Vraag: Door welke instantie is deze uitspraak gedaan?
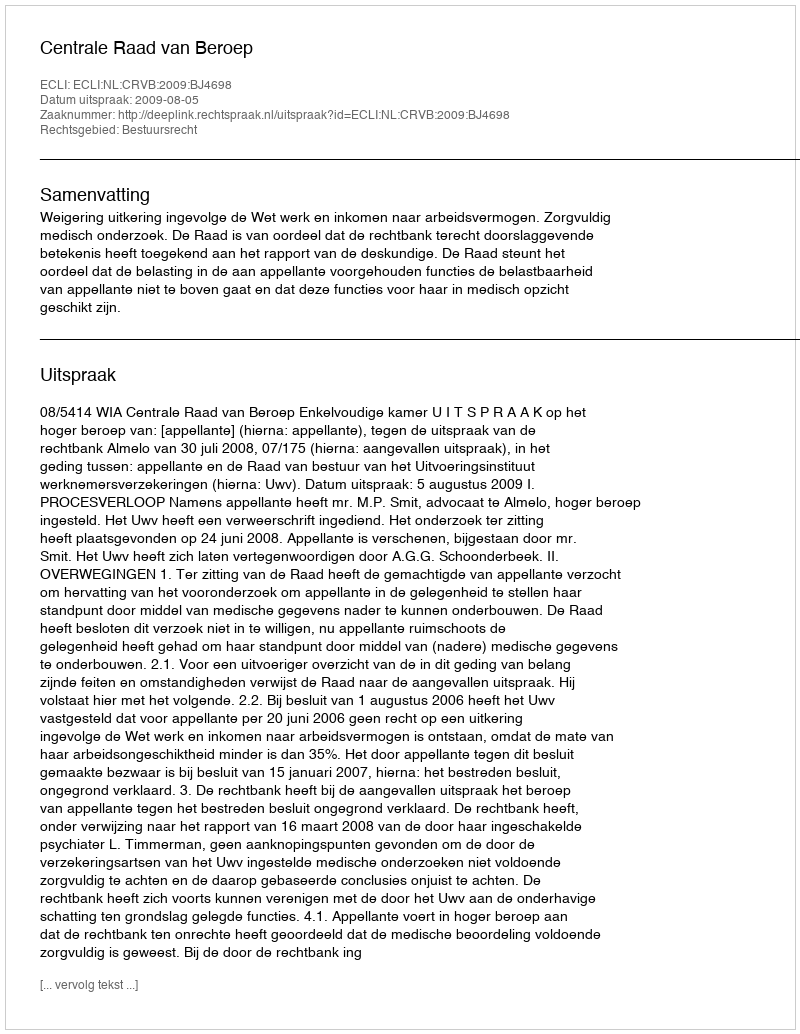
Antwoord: Centrale Raad van Beroep